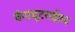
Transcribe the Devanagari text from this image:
कंपयूटराईज़द